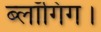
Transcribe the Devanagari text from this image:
ब्लॉगिंग।